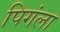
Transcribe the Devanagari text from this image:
पिगंला